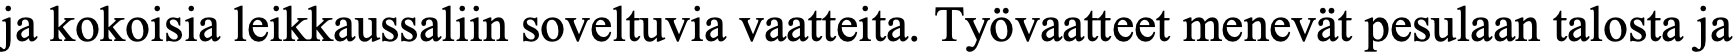
ja kokoisia leikkaussaliin soveltuvia vaatteita. Työvaatteet menevät pesulaan talosta ja